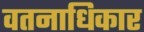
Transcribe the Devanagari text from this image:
वतनाधिकार